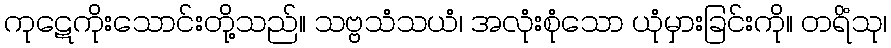
ကုဋေကိုးသောင်းတို့သည်။ သဗ္ဗသံသယံ၊ အလုံးစုံသော ယုံမှားခြင်းကို။ တရိံသု၊